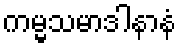
ကမ္မသမာဒါနာနံ